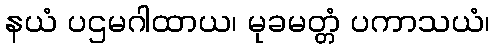
နယံ ပဌမဂါထာယ၊ မုခမတ္တံ ပကာသယံ၊